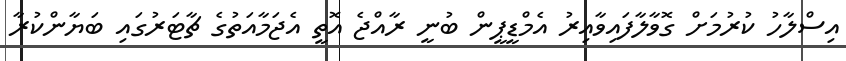
އިސްލާހު ކުރުމަށް ގޮވާލާފައިވާއިރު އެމްޑީޕީން ބުނީ ރާއްޖެ އޮތީ އެޖަމާއަތުގެ ޗާޓަރުގައި ބަޔާންކުރާ